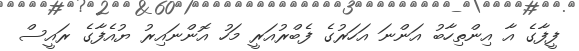
ފީފާގެ އާ އިންތިހާބު އަންނަ އަހަރުގެ ފެބްރުއަރީ މަހު އޮންނައިރު ޔުއެފާގެ ރައީސް